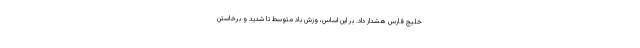
خلیج فارس هشدار داد. بر این اساس، وزش باد متوسط تا شدید و برخاستن